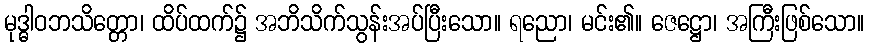
မုဒ္ဓါဝဘသိတ္တော၊ ထိပ်ထက်၌ အဘိသိက်သွန်းအပ်ပြီးသော။ ရညော၊ မင်း၏။ ဇေဋ္ဌော၊ အကြီးဖြစ်သော။